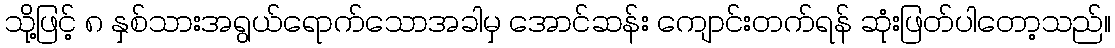
သို့ဖြင့် ၈ နှစ်သားအရွယ်ရောက်သောအခါမှ အောင်ဆန်း ကျောင်းတက်ရန် ဆုံးဖြတ်ပါတော့သည်။